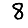
Digit: 8